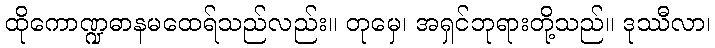
ထိုကောဏ္ဍဓာနမထေရ်သည်လည်း။ တုမှေ၊ အရှင်ဘုရားတို့သည်။ ဒုဿီလာ၊